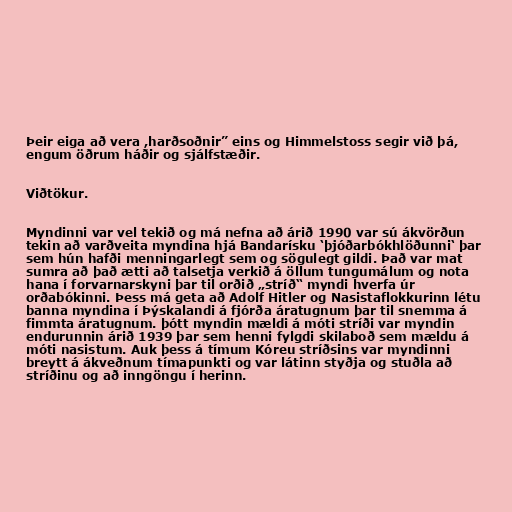
Þeir eiga að vera ,harðsoðnir” eins og Himmelstoss segir við þá,
engum öðrum háðir og sjálfstæðir.

Viðtökur.

Myndinni var vel tekið og má nefna að árið 1990 var sú ákvörðun
tekin að varðveita myndina hjá Bandarísku ‘þjóðarbókhlöðunni‘ þar
sem hún hafði menningarlegt sem og sögulegt gildi. Það var mat
sumra að það ætti að talsetja verkið á öllum tungumálum og nota
hana í forvarnarskyni þar til orðið „stríð“ myndi hverfa úr
orðabókinni. Þess má geta að Adolf Hitler og Nasistaflokkurinn létu
banna myndina í Þýskalandi á fjórða áratugnum þar til snemma á
fimmta áratugnum. þótt myndin mældi á móti stríði var myndin
endurunnin árið 1939 þar sem henni fylgdi skilaboð sem mældu á
móti nasistum. Auk þess á tímum Kóreu stríðsins var myndinni
breytt á ákveðnum tímapunkti og var látinn styðja og stuðla að
stríðinu og að inngöngu í herinn.